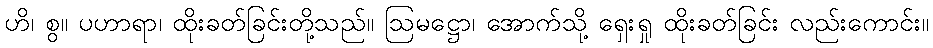
ဟိ၊ စွ။ ပဟာရာ၊ ထိုးခတ်ခြင်းတို့သည်။ ဩမဋ္ဌော၊ အောက်သို့ ရှေးရှု ထိုးခတ်ခြင်း လည်းကောင်း။